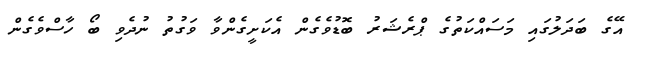
އޭގެ ބަދަލުގައި މަސައްކަތުގެ ޕްރެޝަރު ބޮޑުވެގެން އެކަށީގެންވާ ވަގުތު ނުދެވި ބޯ ހާސްވެގެން